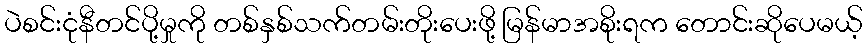
ပဲစင်းငုံနီတင်ပို့မှုကို တစ်နှစ်သက်တမ်းတိုးပေးဖို့ မြန်မာအစိုးရက တောင်းဆိုပေမယ့်